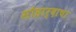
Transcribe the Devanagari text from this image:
सौहार्दाचा